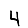
Digit: 4